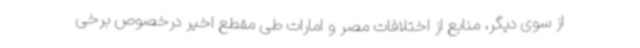
از سوی دیگر، منابع از اختلافات مصر و امارات طی مقطع اخیر درخصوص برخی